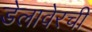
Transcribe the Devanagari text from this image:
डेलावेरची